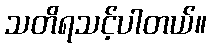
သတိရသင့်ပါတယ်။